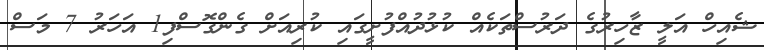
ޝެއިހް އަލީ ޒާހިރުގެ ދަރުސްތަކެއް ކުޅުދުއްފުށީގައި ކުރިއަށް ގެންގޮސްފި1 އަހަރު 7 މަސް